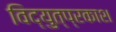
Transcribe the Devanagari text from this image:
विद्युत्‌प्रकाश